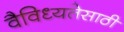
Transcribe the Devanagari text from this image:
वैविध्यतेसाठी